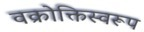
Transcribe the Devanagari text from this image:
वक्रोक्तिस्वरूप